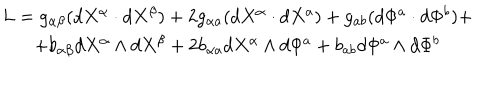
\begin{array} { c } { { L = g _ { \alpha \beta } ( d X ^ { \alpha } \cdot d X ^ { \beta } ) + 2 g _ { \alpha a } ( d X ^ { \alpha } \cdot d X ^ { a } ) + g _ { a b } ( d \Phi ^ { a } \cdot d \Phi ^ { b } ) + } } \\ { { + b _ { \alpha \beta } d X ^ { \alpha } \wedge d X ^ { \beta } + 2 b _ { \alpha a } d X ^ { \alpha } \wedge d \Phi ^ { a } + b _ { a b } d \Phi ^ { a } \wedge d \Phi ^ { b } } } \\ \end{array}